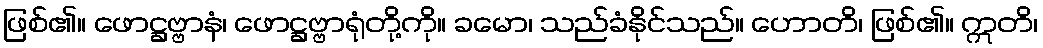
ဖြစ်၏။ ဖောဋ္ဌဗ္ဗာနံ၊ ဖောဋ္ဌဗ္ဗာရုံတို့ကို။ ခမော၊ သည်ခံနိုင်သည်။ ဟောတိ၊ ဖြစ်၏။ ဣတိ၊